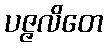
ပဇ္ဇလိတေ